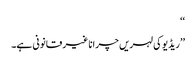
‘‘
’’ریڈیو کی لہریں چرانا غیر قانونی ہے۔